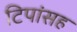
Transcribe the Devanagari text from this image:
टिपांसह